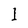
Character: l